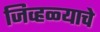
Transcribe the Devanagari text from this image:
जिव्हळ्याचे